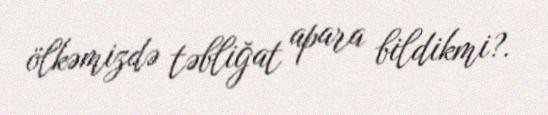
ölkəmizdə təbliğat apara bildikmi?.